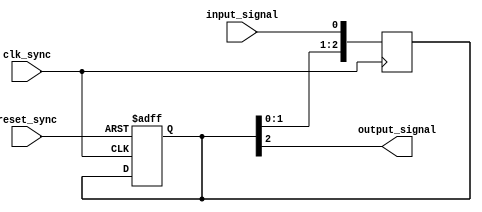
module timing_control_block (
    input wire clk_sync, // shared clock for synchronization
    input wire reset_sync, // shared reset signal for synchronization
    input wire input_signal, // input signal to be synchronized
    
    output reg output_signal // synchronized output signal
);

reg [2:0] sync_reg; // 3-stage synchronizer using flip-flops

always @(posedge clk_sync) begin
    sync_reg <= {sync_reg[1:0], input_signal};
end

always @(posedge clk_sync or posedge reset_sync) begin
    if (reset_sync) begin
        sync_reg <= 3'b0; // reset synchronizer to initial state
    end
end

assign output_signal = sync_reg[2]; // output synchronized signal

endmodule